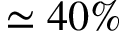
\simeq 4 0 \%